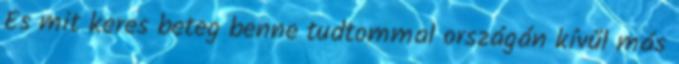
És mit keres beteg benne tudtommal országán kívűl más